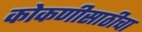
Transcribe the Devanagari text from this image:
कोकणीसाठीचा